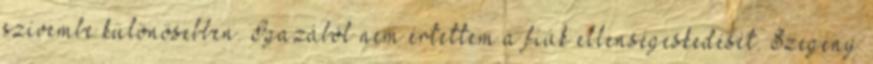
szívembe különösebben. Igazából nem értettem a fiúk ellenségeskedését. Szegény